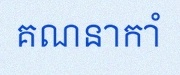
គណនាកាំ